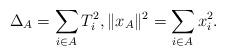
LaTeX: \begin{align*}\Delta_{A}=\sum_{i\in A}T_i^{2},\rVert x_{A}\rVert^{2}=\sum_{i\in A}x_i^{2}.\end{align*}